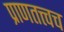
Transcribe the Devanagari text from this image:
प्राणतत्त्वच